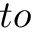
t o